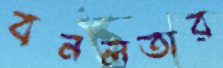
বনলতার